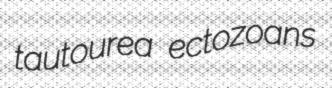
tautourea ectozoans